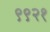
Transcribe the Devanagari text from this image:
९९२१